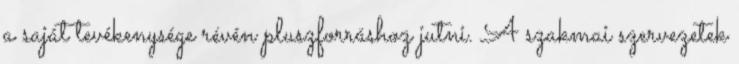
a saját tevékenysége révén pluszforráshoz jutni. A szakmai szervezetek